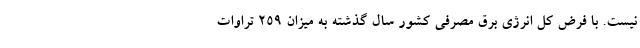
نیست. با فرض کل انرژى برق مصرفى کشور سال گذشته به میزان ۲۵۹ تراوات